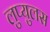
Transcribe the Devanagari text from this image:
लुप्युलस